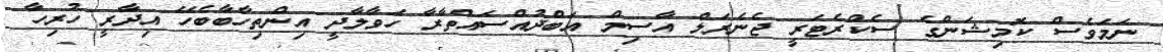
ނަމަވެސް ކޮމިޝަންގެ ސެކްރެޓަރީ ޖެނެރަލް އާސިމް އަބްދުއްސައްތާރާ ހަވާލާދީ އިންތިހާބާބެހޭ އިދާރީ ހުރިހާ